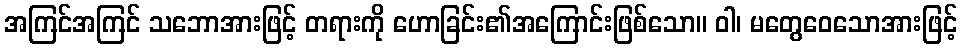
အကြင်အကြင် သဘောအားဖြင့် တရားကို ဟောခြင်း၏အကြောင်းဖြစ်သော။ ဝါ၊ မတွေဝေသောအားဖြင့်